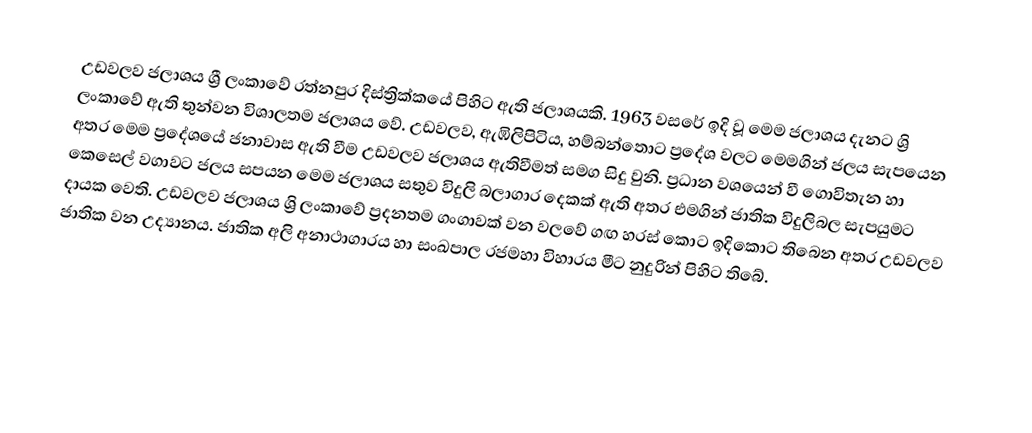
උඩවලව ජලාශය ශ්‍රී ලංකාවේ රත්නපුර දිස්ත්‍රික්කයේ පිහිට ඇති ජලාශයකි. 1963 වසරේ ඉදි වූ මෙම ජලාශය දැනට ශ්‍රි ලංකාවේ ඇති තුන්වන විශාලතම ජලාශය වේ. උඩවලව, ඇඹිලිපිටිය, හම්බන්තොට ප්‍රදේශ වලට මෙමගින් ජලය සැපයෙන අතර මෙම ප්‍රදේශයේ ජනාවාස ඇති වීම උඩවලව ජලාශය ඇතිවීමත් සමග සිදු වුනි. ප්‍රධාන වශයෙන් වී ගොවිතැන හා කෙසෙල් වගාවට ජලය සපයන මෙම ජලාශය සතුව විදුලි බලාගාර දෙකක් ඇති අතර එමගින් ජාතික විදුලිබල සැපයුමට දායක වෙති. උඩවලව ජලාශය ශ්‍රි ලංකාවේ ප්‍රදනතම ගංගාවක් වන වලවේ ගඟ හරස් කොට ඉදිකොට තිබෙන අතර උඩවලව ජාතික වන උද්‍යානය. ජාතික අලි  අනාථාගාරය හා සංඛපාල රජමහා විහාරය මීට නුදුරින් පිහිට තිබේ.